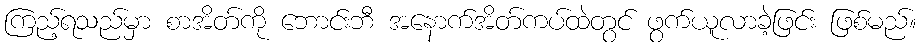
ကြည့်ရသည်မှာ စာအိတ်ကို ဘောင်းဘီ အနောက်အိတ်ကပ်ထဲတွင် ဖွက်ယူလာခဲ့ဖြင်း ဖြစ်မည်။